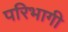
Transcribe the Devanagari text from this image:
परिभागी